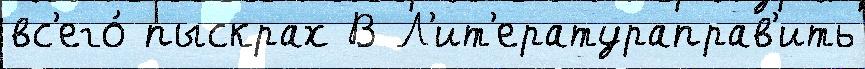
вс'его́ пыскрах В Л'ит'ератураправ'ить